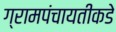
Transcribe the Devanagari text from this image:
ग्रामपंचायतीकडे